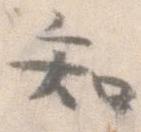
知